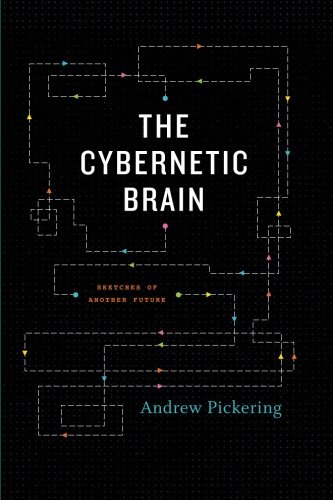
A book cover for The Cybernetic Brain: Sketches of Another Future; Andrew Pickering; Computers & Technology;